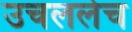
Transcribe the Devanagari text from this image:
उचललेच